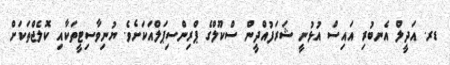
ޑރ. އަދީލް އެނބުރި އައިސް އުޅުނީ ޝަރަފުއްދީން ސްކޫލްގެ ޕްރިންސިޕަލްއަކަށެވެ. ޔުނިވާސިޓީތަކާއި ކޮލެޖްތަކަށް